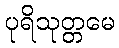
ပုရိသုတ္တမေ